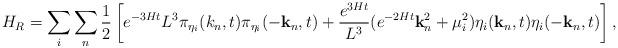
LaTeX: \begin{align*}H_R=\sum_i \sum_n \frac{1}{2} \left[e^{-3Ht} L^3\pi_{\eta_i}(k_n,t)\pi_{\eta_i}(-{\bf k}_n,t)+ \frac{e^{3Ht}}{L^3}(e^{-2Ht}{\bf k}_n^2+\mu_i^2)\eta_i({\bf k}_n,t)\eta_i(-{\bf k}_n,t) \right],\end{align*}